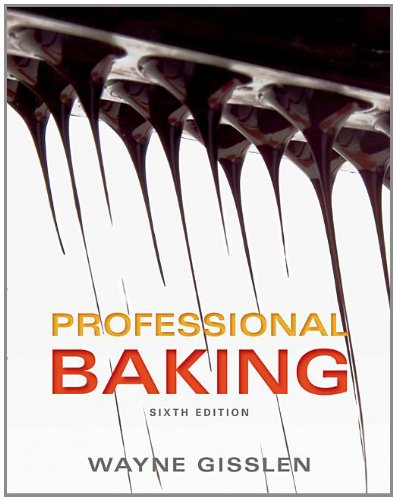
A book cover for Professional Baking 6e with Professional Baking Method Card Package Set; Wayne Gisslen; Cookbooks, Food & Wine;